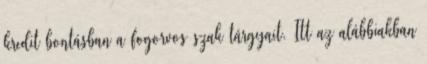
kredit bontásban a fogorvos szak tárgyait. Itt az alábbiakban